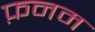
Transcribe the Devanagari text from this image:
फ़नम